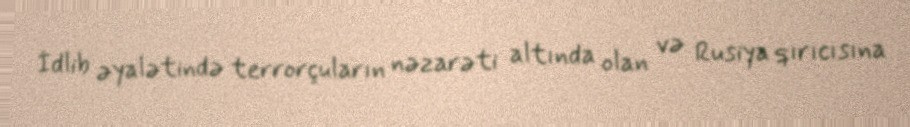
İdlib əyalətində terrorçuların nəzarəti altında olan və Rusiya qırıcısına